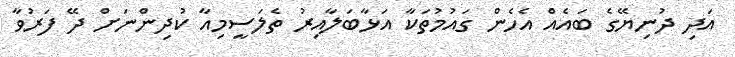
އަދި ދުނިޔޭގެ ބައެއް އެހެން ގައުމުތަކާ އަޅާބަލާއިރު ތެލަސީމިއާ ކުދިންނަށް ދޭ ފަރުވާ